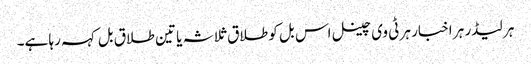
ہر لیڈر ہر اخبار ہر ٹی وی چینل اس بل کو طلاق ثلاثہ یا تین طلاق بل کہہ رہا ہے۔